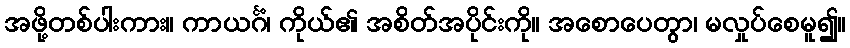
အဖို့တစ်ပါးကား။ ကာယင်္ဂံ၊ ကိုယ်၏ အစိတ်အပိုင်းကို။ အစောပေတွာ၊ မလှုပ်စေမူ၍။